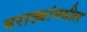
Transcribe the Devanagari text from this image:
मराठ्यांमधील